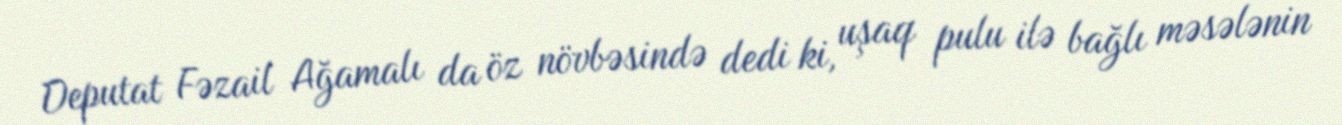
Deputat Fəzail Ağamalı da öz növbəsində dedi ki, uşaq pulu ilə bağlı məsələnin